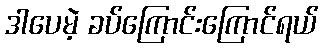
ဒါပေမဲ့ ခပ်ကြောင်းကြောင်ရယ်